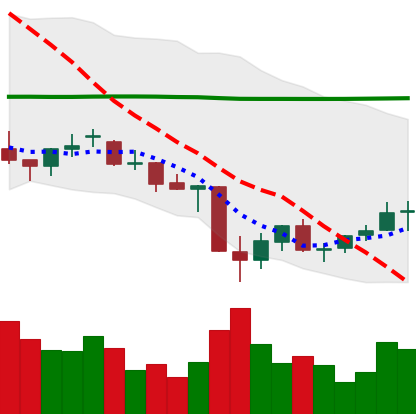
Ticker: EOS-USD
Chart end date: 2021-06-30
Forward return: -7.654%
Label: down_7plus